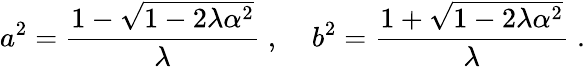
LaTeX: a^{2}=\frac{1-\sqrt{1-2\lambda\alpha^{2}}}{\lambda}\; ,\; \; \; \; b^{2}=\frac{1+\sqrt{1-2\lambda\alpha^{2}}}{\lambda}\; .